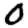
Digit: 0